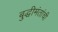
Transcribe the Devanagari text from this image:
बुद्धीमंतांची